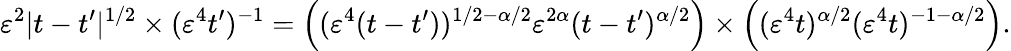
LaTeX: \varepsilon^{2}|t-t^{\prime}|^{1/2}\times(\varepsilon^{4}t^{\prime})^{-1}=\left((\varepsilon^{4}(t-t^{\prime}))^{1/2-\alpha/2}\varepsilon^{2\alpha}(t-t^{\prime})^{\alpha/2}\right)\times\left((\varepsilon^{4}t)^{\alpha/2}(\varepsilon^{4}t)^{-1-\alpha/2}\right).